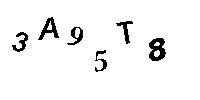
3A95T8